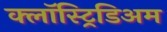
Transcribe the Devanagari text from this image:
क्लॉस्ट्रिडिअम